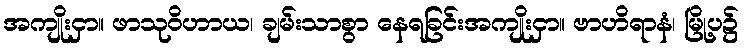
အကျိုးငှာ။ ဖာသုဝိဟာယ၊ ချမ်းသာစွာ နေရခြင်းအကျိုးငှာ။ ဗာဟိရာနံ၊ မြို့ပ၌